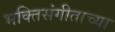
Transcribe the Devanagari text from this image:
भक्तिसंगीताच्या